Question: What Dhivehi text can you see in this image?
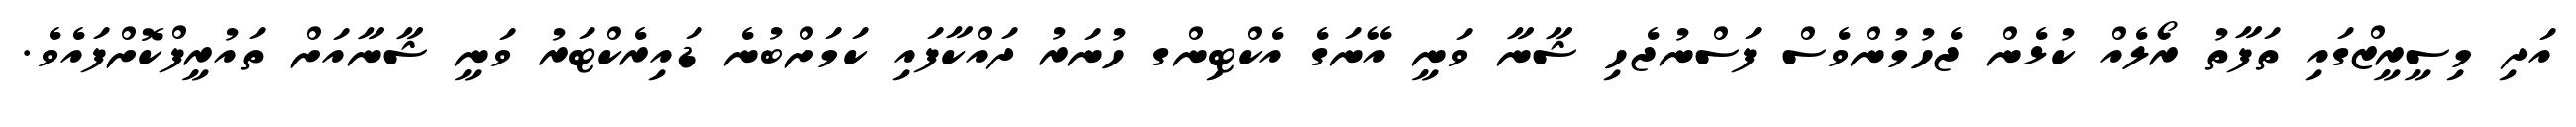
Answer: އަދި މިސީރީޒްގައި ތަފާތު ރޯލެއް ކުޅެން ޖެހުމުންވެސް ފަސްނުޖެހި ޝާނާ ވަނީ އޭނަގެ އެކްޓިންގ ހުނަރު ދައްކާފައި ކަމަށްބުނެ ޑައިރެކްޓަރު ވަނީ ޝާނާއަށް ތައުރީފްކޮށްފައެވެ.